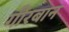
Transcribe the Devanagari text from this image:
गीरबान